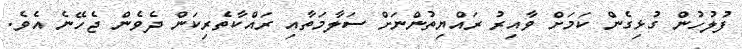
ފުލުހުން ގުޅިގެން ކަމަށް ވާއިރު ރައްޔިތުންނަށް ސަލާމަތާއި ރައްކާތެރިކަން ދެވެން ޖެހޭނެ އެވެ.